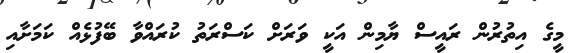
މީގެ އިތުރުން ރައީސް ޔާމިން އަކީ ވަރަށް ކަސްރަތު ކުރައްވާ ބޭފުޅެއް ކަމަށާއި